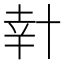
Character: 𠦧